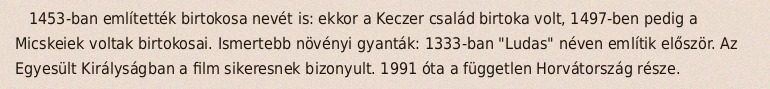
1453-ban említették birtokosa nevét is: ekkor a Keczer család birtoka volt, 1497-ben pedig a Micskeiek voltak birtokosai. Ismertebb növényi gyanták: 1333-ban "Ludas" néven említik először. Az Egyesült Királyságban a film sikeresnek bizonyult. 1991 óta a független Horvátország része.